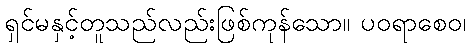
ရှင်မနှင့်တူသည်လည်းဖြစ်ကုန်သော။ ပဝရာစေဝ၊